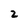
Character: 2